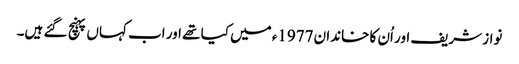
نواز شریف اور اُن کا خاندان 1977ء میں کیا تھے اور اب کہاں پہنچ گئے ہیں۔